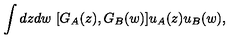
\int d z d w \ [ G _ { A } ( z ) , G _ { B } ( w ) ] u _ { A } ( z ) u _ { B } ( w ) ,